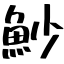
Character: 魦